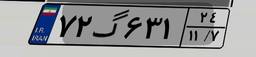
۶۰گ۹۴۸۵۳